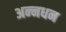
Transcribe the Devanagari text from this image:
अन्‍नधन